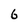
Character: 6